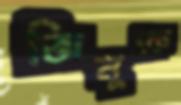
জিনুকে